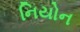
નિયોન